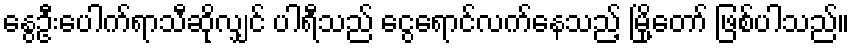
နွေဦးပေါက်ရာသီဆိုလျှင် ပါရီသည် ငွေရောင်လက်နေသည့် မြို့တော် ဖြစ်ပါသည်။